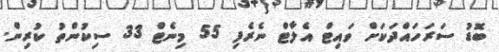
ބޮޑު ސަރަހައްދަކަށް ވައިޓް އެލާޓް ނެރެފި 55 މިނެޓް 33 ސިކުންތު ކުރިން.